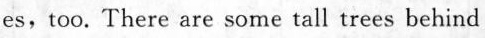
es,too. There are some tall trees behind